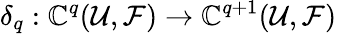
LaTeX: \delta_{q}:\mathbb{C}^{q}({\mathcal{{U}}},{\mathcal{{F}}})\to\mathbb{C}^{q+1}({\mathcal{{U}}},{\mathcal{{F}}})